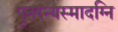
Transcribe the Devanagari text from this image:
पुनरन्यस्मादग्नि